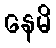
နေမိ